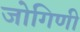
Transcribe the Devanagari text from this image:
जोगिणी